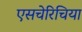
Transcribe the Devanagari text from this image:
एसचेरिचिया